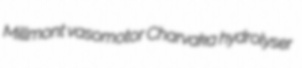
Millmont vasomotor Charvaka hydrolyser